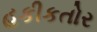
હકીકતોર